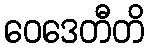
ဝေဒေတီတိ